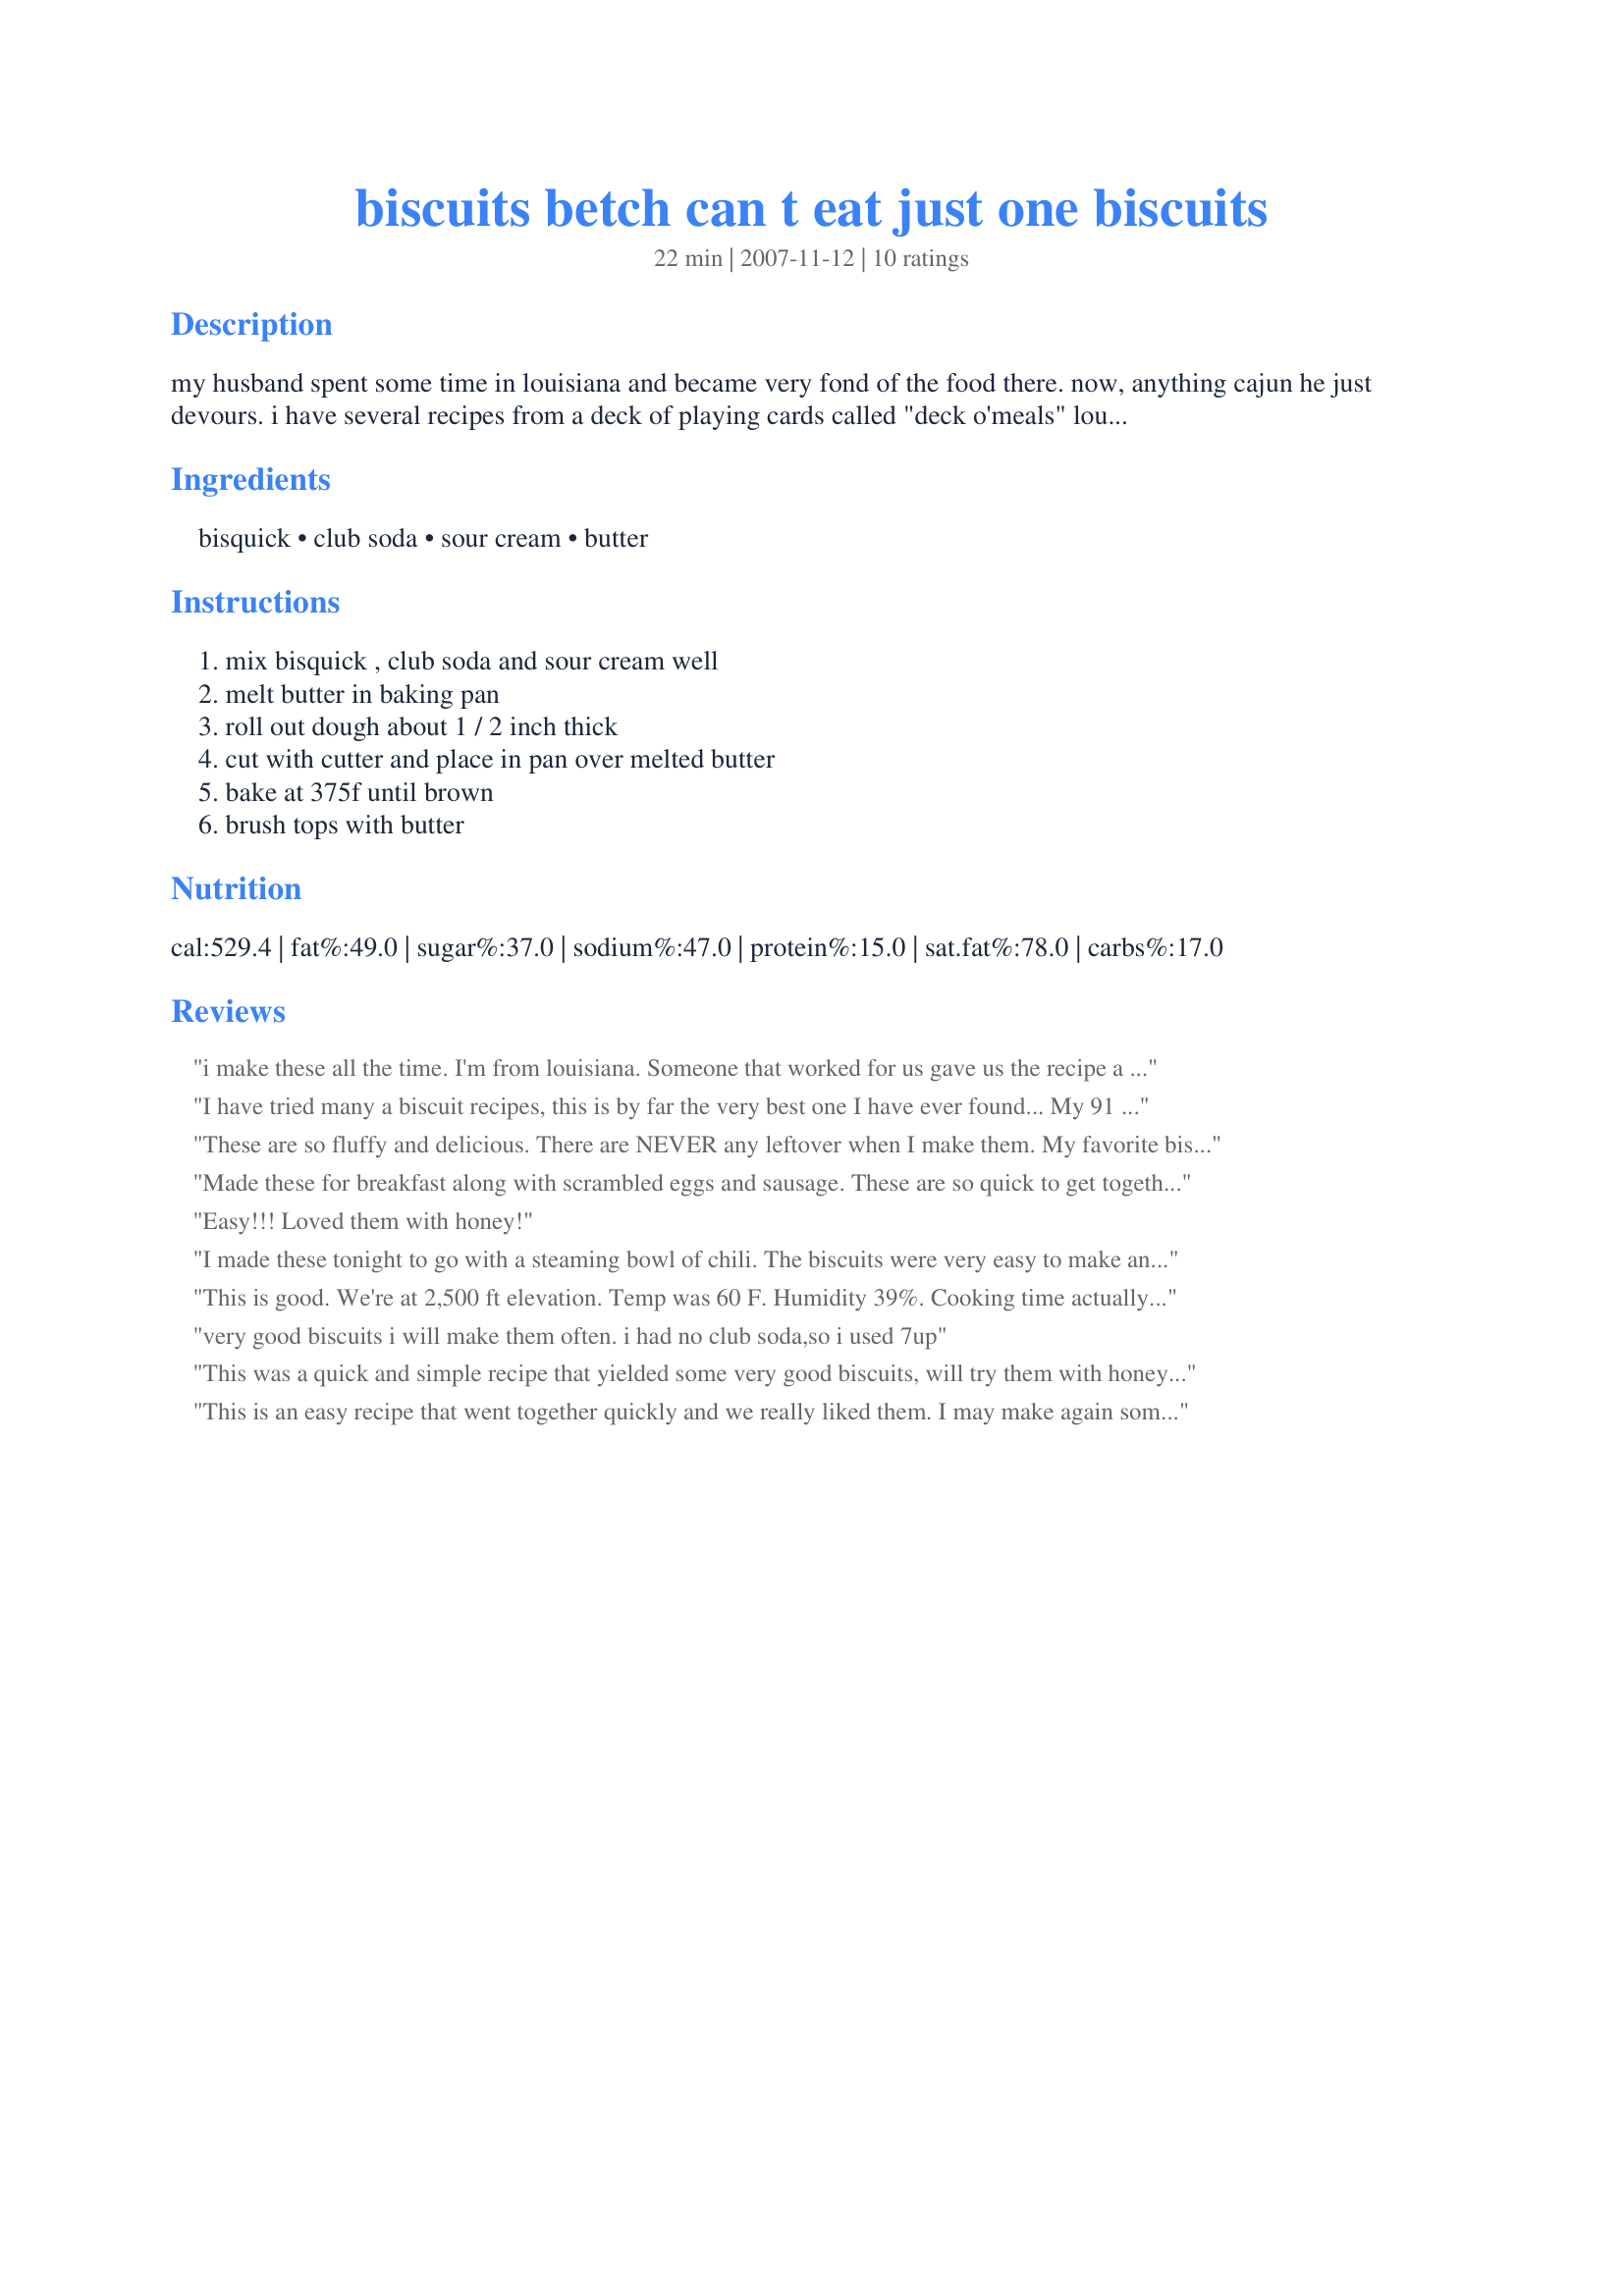
biscuits betch can t eat just one biscuits
Preparation time: 22 minutes

my husband spent some time in louisiana and became very fond of the food there. now, anything cajun he just devours. i have several recipes from a deck of playing cards called "deck o'meals" louisiana cajun. here is one of 52:)

Ingredients:
bisquick, club soda, sour cream, butter

Steps:
mix bisquick , club soda and sour cream well, melt butter in baking pan, roll out dough about 1 / 2 inch thick, cut with cutter and place in pan over melted butter, bake at 375f until brown, brush tops with butter

Reviews:
i make these all the time. I'm from louisiana. Someone that worked for us gave us the recipe a long time ago. they're really great and very easy to make
I have tried many a biscuit recipes, this is by far the very best one I have ever found... My 91 year old grandmother even says it makes the best biscuits and hers are pretty darned good! Simple recipe, you really can&#039;t mess it u, plus it&#039;s easy to add things too, like a bacon ranch or cheddar bacon and they turn out fantastic! Love this recipe! Got mine from the deck of cards too....
These are so fluffy and delicious. There are NEVER any leftover when I make them. My favorite biscuit recipe. Thanks!!! :)
Made these for breakfast along with scrambled eggs and sausage. These are so quick to get together with ingredients I usually have on hand. I cut the recipe in half and they turned out just so light and delicious. Made for Spring PAC 2008, thanks Simplemom for another great recipe.
Easy!!! Loved them with honey!
I made these tonight to go with a steaming bowl of chili. The biscuits were very easy to make and tasted good. I used a 9 x 13 pan and had dough left over. The left over dough is i the freezer - will be great for breakfast some morning. Thanks for posting
This is good. We're at 2,500 ft elevation. Temp was 60 F. Humidity 39%. Cooking time actually was 25 minutes.
very good biscuits i will make them often. i had no club soda,so i used 7up
This was a quick and simple recipe that yielded some very good biscuits, will try them with honey next time.
This is an easy recipe that went together quickly and we really liked them. I may make again sometime when the mood strikes. Really good!
